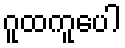
ဂူထကူပေါ